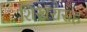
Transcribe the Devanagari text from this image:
शिखरासह